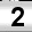
Digit: 2